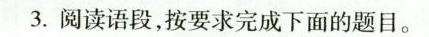
3.阅读语段，按要求完成下面的题目。